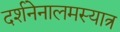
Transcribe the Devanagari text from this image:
दर्शनेनालमस्यात्र